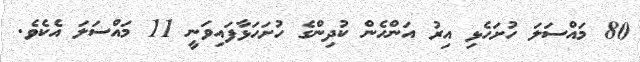
80 މައްސަލަ ހުށަހެޅި އިރު އަންހެން ކުދިންގެ ހުށަހަޅާފައިވަނީ 11 މައްސަލަ އެކެވެ.